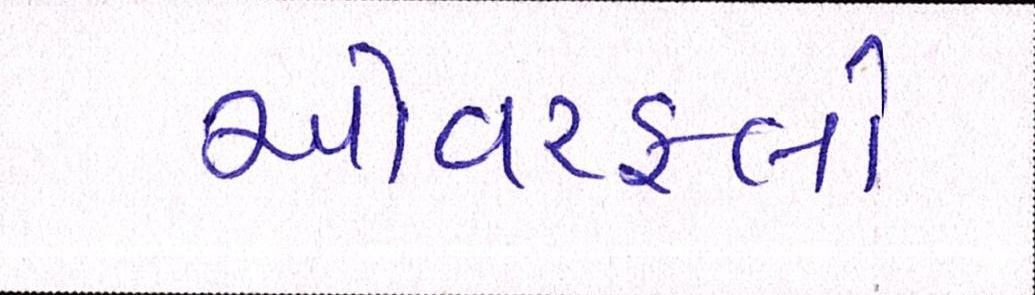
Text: ઓવરફ્લો